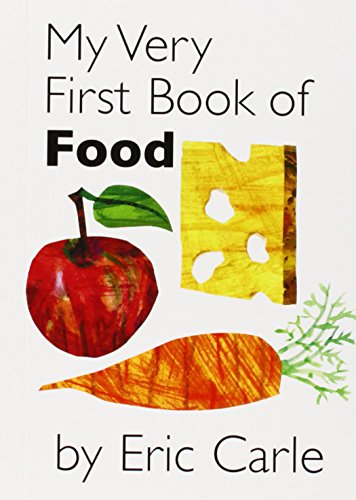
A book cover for My Very First Book of Food; Eric Carle; Children's Books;